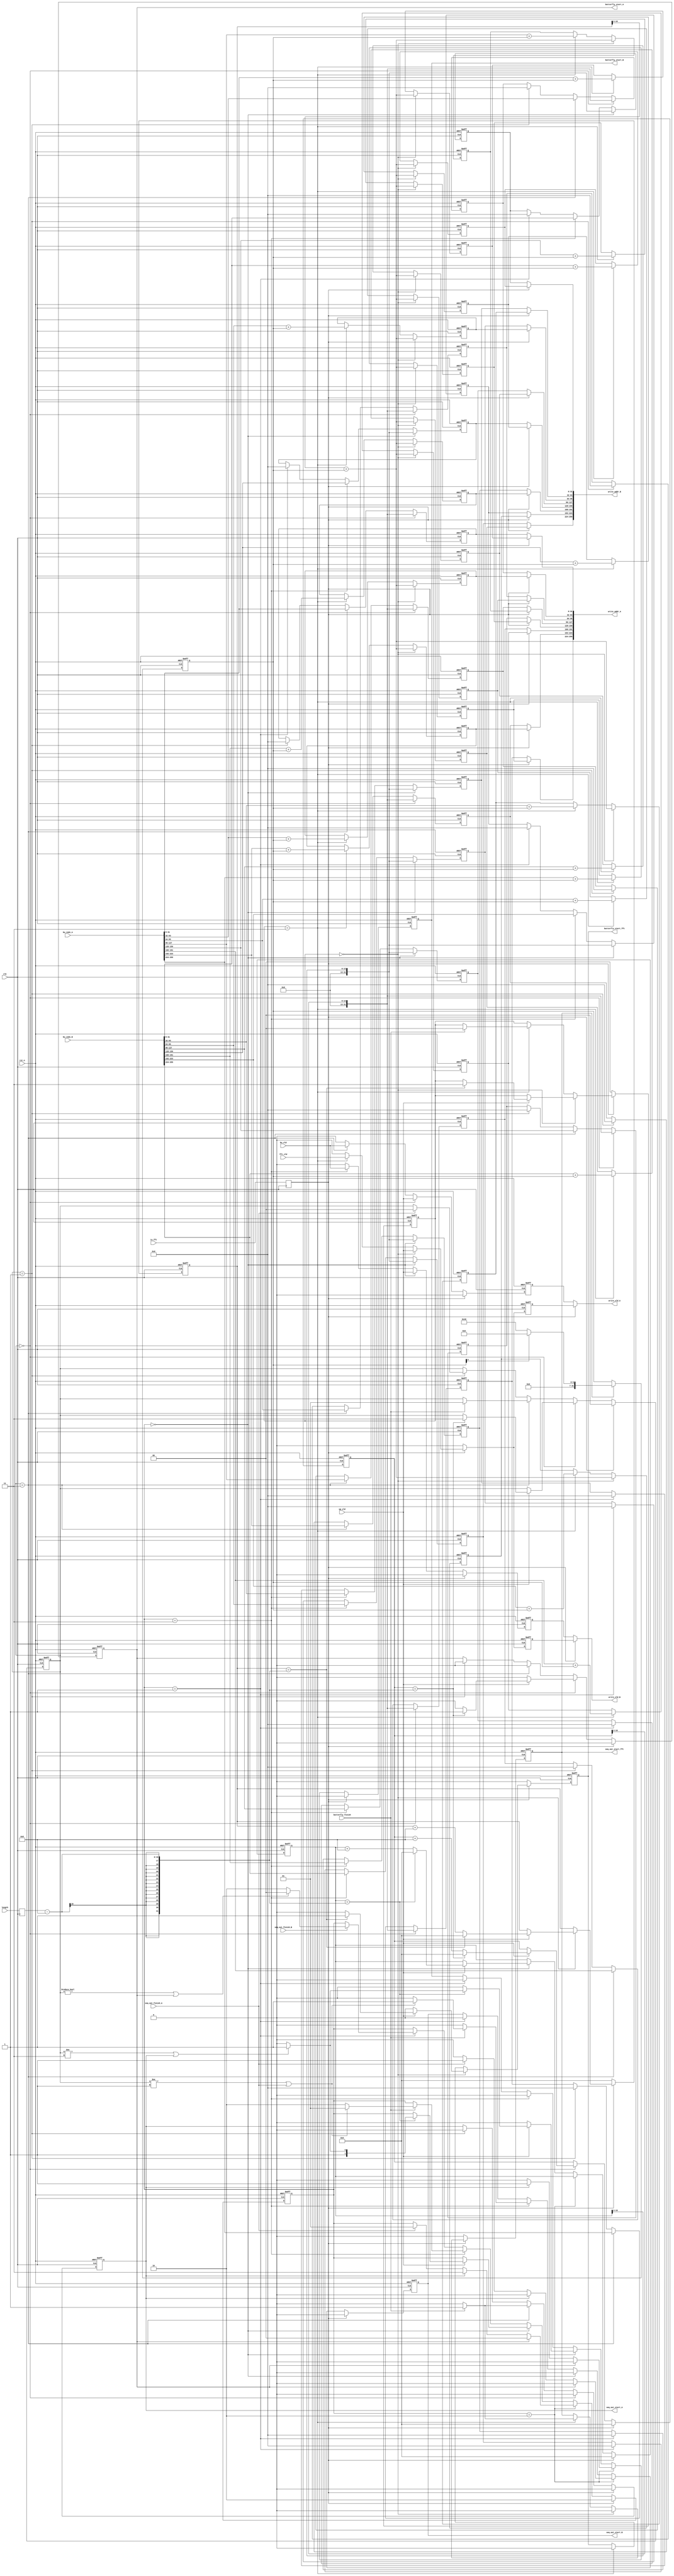
`timescale 1ns / 1ps
//////////////////////////////////////////////////////////////////////////////////
// Company: 
// Engineer: 
// 
// Design Name: 
// Module Name: bu_write_addr_generator
// Project Name: 
// Target Devices: 
// Tool Versions: 
// Description: 
// 
// Dependencies: 
// 
// Revision:
// Revision 0.01 - File Created
// Additional Comments:
// 
//////////////////////////////////////////////////////////////////////////////////


module bu_write_addr_generator_opt
# (
  // The data width of input data
  parameter data_width = 16,
  // The data width utilized for accumulated results
  parameter bu_parallelism = 8,
  parameter depth_per_ram = 512,
  parameter write_addr_width = $clog2(bu_parallelism)
)
(
  input  wire                        clk,
  input  wire                        rst_n,
  // Control signal
  input  wire                        is_fft,
  input  wire                        butterfly_finish, // Finish signal from butterfly engine
  
  output wire                        butterfly_start_A, // Output to both bu_read_addr_generator and butterfly_indx_generator
  output wire                        butterfly_start_B, // Output to both bu_read_addr_generator and butterfly_indx_generator
  output wire                        butterfly_start_fft, // Output to both bu_read_addr_generator and butterfly_indx_generator

  output  wire                       seq_out_start_A, // Output to both bu_read_addr_generator
  output  wire                       seq_out_start_B, // Output to both bu_read_addr_generator
  output  wire                       seq_out_start_fft, // Output to both bu_read_addr_generator
  
  input  wire                        seq_out_finish_A, // Get from  both bu_read_addr_generator
  input  wire                        seq_out_finish_B, // Get from  both bu_read_addr_generator
  input  wire  [16-1:0]              length,
  // In and Outputs
  input  wire                        up_vld,
  input  wire                        bu_vld, // Get from from butterfly unit
  input  wire                        fft_vld, // Get from from butterfly unit
  input wire  [32*bu_parallelism-1:0]      bu_indx_A, // Get from from butterfly unit
  input wire  [32*bu_parallelism-1:0]      bu_indx_B, // Get from from butterfly unit
  output wire                        write_vld_A,
  output wire                        write_vld_B,
  output wire  [32*bu_parallelism-1:0]      write_addr_A,
  output wire  [32*bu_parallelism-1:0]      write_addr_B
);

localparam seq_in_mode = 2'b00;
localparam idle_mode = 2'b10;
localparam seq_out_mode = 2'b01;
localparam butterfly_mode = 2'b11;
localparam num_out_bits = $clog2(bu_parallelism);
localparam num_ram_bits = $clog2(depth_per_ram);

/////////////////////Timing//////////////////////////
reg  [16-1:0]                          length_r;
always @(posedge clk)
begin
    length_r <= length;
end

reg                            is_fft_r;
always @(posedge clk)
begin
    is_fft_r <= is_fft;
end
/////////////////////Timing//////////////////////////

genvar i;

reg [2-1:0]                    fft_state;
reg [16-1:0]                   in_counter_fft;
reg                            butterfly_start_r_fft;
reg                            seq_out_start_r_fft;


reg [2-1:0]                    bfly_state_A;
reg [16-1:0]                   in_counter_A;
reg                            butterfly_start_r_A;
reg                            seq_out_start_r_A;

reg [2-1:0]                    bfly_state_B;
reg [16-1:0]                   in_counter_B;
reg                            butterfly_start_r_B;
reg                            seq_out_start_r_B;

reg [32-1:0]                   bfly_write_addrs_r_A[bu_parallelism-1:0];
reg [32-1:0]                   bfly_write_addrs_r_B[bu_parallelism-1:0];


reg [32-1:0]                   fft_write_addrs_r_A[bu_parallelism-1:0];
reg [32-1:0]                   fft_write_addrs_r_B[bu_parallelism-1:0];

reg [32-1:0]                   fft_write_addrs_bias_pingpong;

wire [32-1:0]                  butterfly_indxs_r_A[bu_parallelism-1:0];
wire [32-1:0]                  butterfly_indxs_r_B[bu_parallelism-1:0];

reg                            bfly_write_vld_r_A;
reg                            bfly_write_vld_r_B;

reg                            fft_write_vld_r_A;
reg                            fft_write_vld_r_B;

assign  butterfly_start_A = butterfly_start_r_A;
assign  butterfly_start_B = butterfly_start_r_B;
assign  butterfly_start_fft = butterfly_start_r_fft;

assign  seq_out_start_A = seq_out_start_r_A;
assign  seq_out_start_B = seq_out_start_r_B;
assign  seq_out_start_fft = seq_out_start_r_fft;

// =========================================================================== //
// Control state
// =========================================================================== //

// =========================for fft control state========================== //
always @(posedge clk or negedge rst_n)
if(!rst_n) begin
    fft_state <= seq_in_mode;
    in_counter_fft <= 0;
    butterfly_start_r_fft <= 1'b0;
    seq_out_start_r_fft <=1'b0;
end
else begin
    if (is_fft_r) begin
        if (fft_state == seq_in_mode) begin // positive
            butterfly_start_r_fft <= 1'b0;
            seq_out_start_r_fft <= 1'b0;
            if (up_vld) begin
                if (in_counter_fft == length_r - bu_parallelism)begin
                    in_counter_fft <= 0;
                    fft_state <= butterfly_mode;
                    butterfly_start_r_fft <= 1'b1;
                    seq_out_start_r_fft <= 1'b0;
                end
                else in_counter_fft <= in_counter_fft + bu_parallelism;
            end
        end
        else if (fft_state == butterfly_mode) begin
            butterfly_start_r_fft <= 1'b0;
            seq_out_start_r_fft <= 1'b0; 
            if (butterfly_finish) begin
                fft_state <= seq_in_mode;
                butterfly_start_r_fft <= 1'b0;
                seq_out_start_r_fft <= 1'b1;
            end
        end
    end
    else begin
        fft_state <= seq_in_mode;
        in_counter_fft <= 0;
        butterfly_start_r_fft <= 1'b0;
        seq_out_start_r_fft <=1'b0;
    end
end


// =========================for bfly control state A========================== //
always @(posedge clk or negedge rst_n)
if(!rst_n) begin
    bfly_state_A <= seq_in_mode;
    in_counter_A <= 0;
    butterfly_start_r_A <= 1'b0;
    seq_out_start_r_A <=1'b0;
end
else begin
    if (!is_fft_r) begin
        if (bfly_state_A == seq_in_mode) begin // positive
            butterfly_start_r_A <= 1'b0;
            seq_out_start_r_A <= 1'b0;
            if (up_vld) begin
                if (in_counter_A == length_r - bu_parallelism)begin
                    in_counter_A <= 0;
                    bfly_state_A <= butterfly_mode;
                    butterfly_start_r_A <= 1'b1;
                    seq_out_start_r_A <= 1'b0;
                end
                else in_counter_A <= in_counter_A + bu_parallelism;
            end
        end
        else if (bfly_state_A == butterfly_mode) begin
            butterfly_start_r_A <= 1'b0;
            seq_out_start_r_A <= 1'b0; 
            if (butterfly_finish) begin
                bfly_state_A <= seq_out_mode;
                butterfly_start_r_A <= 1'b0;
                seq_out_start_r_A <= 1'b1;
            end
        end
        else if (bfly_state_A == seq_out_mode) begin
            butterfly_start_r_A <= 1'b0;
            seq_out_start_r_A <= 1'b0; 
            if (seq_out_finish_A) begin
                bfly_state_A <= seq_in_mode;
            end
        end
    end
    else begin
        bfly_state_A <= seq_in_mode;
        in_counter_A <= 0;
        butterfly_start_r_A <= 1'b0;
        seq_out_start_r_A <=1'b0;
    end
end

// =========================for bfly control state B========================== //

always @(posedge clk or negedge rst_n)
if(!rst_n) begin
    bfly_state_B <= idle_mode;
    in_counter_B <= 0;
    butterfly_start_r_B <= 1'b0;
    seq_out_start_r_B <=1'b0;
end
else begin
    if (!is_fft_r) begin
        if (bfly_state_B == idle_mode) begin // idle state when the pipeline is imbalanced
            butterfly_start_r_B <= 1'b0;
            seq_out_start_r_B <= 1'b0;
            if (butterfly_start_r_A) begin
                bfly_state_B <= seq_in_mode;
            end
            else if (seq_out_start_r_A) begin
                bfly_state_B <= butterfly_mode;
                butterfly_start_r_B <= 1'b1;
                seq_out_start_r_B <= 1'b0;
            end
            else if (seq_out_finish_A) begin
                bfly_state_B <= seq_out_mode;
                butterfly_start_r_B <= 1'b0;
                seq_out_start_r_B <= 1'b1;
            end
        end
        else if (bfly_state_B == seq_in_mode) begin // positive
            butterfly_start_r_B <= 1'b0;
            seq_out_start_r_B <= 1'b0;
            if (up_vld) begin
                if (in_counter_B == length_r - bu_parallelism)begin
                    in_counter_B <= 0;
                    // make sure the compute of A is complete
                    if ((bfly_state_A != butterfly_mode) | seq_out_start_r_A) begin 
                        bfly_state_B <= butterfly_mode;
                        butterfly_start_r_B <= 1'b1;
                        seq_out_start_r_B <= 1'b0;
                    end
                    else begin
                        bfly_state_B <= idle_mode;
                    end
                end
                else in_counter_B <= in_counter_B + bu_parallelism;
            end
        end
        else if (bfly_state_B == butterfly_mode) begin
            butterfly_start_r_B <= 1'b0;
            seq_out_start_r_B <= 1'b0; 
            if (butterfly_finish) begin
                // make sure the output transfer of A is complete
                if ((bfly_state_A != seq_out_mode) | seq_out_finish_A) begin 
                    bfly_state_B <= seq_out_mode;
                    butterfly_start_r_B <= 1'b0;
                    seq_out_start_r_B <= 1'b1;
                end
                else begin
                    bfly_state_B <= idle_mode;
                end
            end
        end
        else if (bfly_state_B == seq_out_mode) begin
            butterfly_start_r_B <= 1'b0;
            seq_out_start_r_B <= 1'b0; 
            if (seq_out_finish_B) begin
                // make sure the input transfer of A is complete
                if ((bfly_state_A != seq_in_mode) | butterfly_start_r_A) begin 
                    bfly_state_B <= seq_in_mode;
                end
                else begin
                    bfly_state_B <= idle_mode;
                end
                
            end
        end
    end
    else begin
        bfly_state_B <= idle_mode;
        in_counter_B <= 0;
        butterfly_start_r_B <= 1'b0;
        seq_out_start_r_B <=1'b0;
    end
end


// =========================================================================== //
// Generate write address for butterfly mode
// =========================================================================== //

generate

for(i=0 ; i<bu_parallelism ; i=i+1)
begin : GENERATE_WRITE_WIRING
    assign butterfly_indxs_r_A[i] = bu_indx_A[( 32*i + 32-1) : (32*i)];
    assign butterfly_indxs_r_B[i] = bu_indx_B[( 32*i + 32-1) : (32*i)];
end

for(i=0 ; i<bu_parallelism ; i=i+1)
begin : GENERATE_WRITE_ADDR_A
    always @(posedge clk or negedge rst_n)
    if(!rst_n) begin
        bfly_write_addrs_r_A[i] <= 0; 
    end
    else begin
        if (bfly_state_A == seq_in_mode) begin // positive
            bfly_write_addrs_r_A[i] <= (in_counter_A >> num_out_bits);
        end
        else if (bfly_state_A == butterfly_mode) begin
            bfly_write_addrs_r_A[i] <= butterfly_indxs_r_A[i];
        end
        else if (bfly_state_A == seq_out_mode) begin  
            bfly_write_addrs_r_A[i] <= 0;
        end
    end
end

endgenerate


generate

for(i=0 ; i<bu_parallelism ; i=i+1)
begin : GENERATE_WRITE_ADDR_B
    always @(posedge clk or negedge rst_n)
    if(!rst_n) begin
        bfly_write_addrs_r_B[i] <= 0; 
    end
    else begin
        if (bfly_state_B == seq_in_mode) begin // positive
            bfly_write_addrs_r_B[i] <= (in_counter_B >> num_out_bits);
        end
        else if (bfly_state_B == butterfly_mode) begin
            bfly_write_addrs_r_B[i] <= butterfly_indxs_r_B[i];
        end
        else if (bfly_state_B == seq_out_mode) begin  
            bfly_write_addrs_r_B[i] <= 0;
        end
    end
end

endgenerate




// =========================================================================== //
// Generate write address for FFT mode
// =========================================================================== //

/*
always @(posedge clk or negedge rst_n)
if(!rst_n) begin
    fft_write_addrs_bias_pingpong <= 0; 
end
else begin
    if (seq_out_start_r_fft) begin // Start pingpong when the butterfly of A finish
        fft_write_addrs_bias_pingpong <= fft_write_addrs_bias_pingpong + (length_r>>num_out_bits);
    end
    else begin
        fft_write_addrs_bias_pingpong <= fft_write_addrs_bias_pingpong - (length_r>>num_out_bits);
    end
end
*/

always @(posedge clk or negedge rst_n)
if(!rst_n) begin
    fft_write_addrs_bias_pingpong <= 0; 
end
else begin
    if (seq_out_start_r_fft) begin // Start pingpong when the butterfly of A finish
        if (fft_write_addrs_bias_pingpong[num_ram_bits]) fft_write_addrs_bias_pingpong <= 0;
        else fft_write_addrs_bias_pingpong <= depth_per_ram>>num_out_bits;
    end
    else begin
        fft_write_addrs_bias_pingpong <= fft_write_addrs_bias_pingpong;
    end
end

generate

for(i=0 ; i<bu_parallelism ; i=i+1)
begin : GENERATE_WRITE_WIRING_AB
    assign write_addr_A[( 32*i + 32-1) : (32*i)] = is_fft_r? fft_write_addrs_r_A[i] : bfly_write_addrs_r_A[i];
    assign write_addr_B[( 32*i + 32-1) : (32*i)] = is_fft_r? fft_write_addrs_r_B[i] : bfly_write_addrs_r_B[i];
end

for(i=0 ; i<bu_parallelism ; i=i+1)
begin : GENERATE_WRITE_ADDR
    always @(posedge clk or negedge rst_n)
    if(!rst_n) begin
        fft_write_addrs_r_A[i] <= 0; 
        fft_write_addrs_r_B[i] <= 0; 
    end
    else begin
        if (fft_state == seq_in_mode) begin // positive
            fft_write_addrs_r_A[i] <= (in_counter_fft >> num_out_bits) + fft_write_addrs_bias_pingpong;
            fft_write_addrs_r_B[i] <= (in_counter_fft >> num_out_bits) + fft_write_addrs_bias_pingpong;
        end
        else if (fft_state == butterfly_mode) begin
            fft_write_addrs_r_A[i] <= butterfly_indxs_r_A[i] + fft_write_addrs_bias_pingpong;
            fft_write_addrs_r_B[i] <= butterfly_indxs_r_B[i] + fft_write_addrs_bias_pingpong;
        end
    end
end

endgenerate



// =========================================================================== //
// Generate write address for Dn_vld
// =========================================================================== //

assign write_vld_A = is_fft_r? fft_write_vld_r_A : bfly_write_vld_r_A;
assign write_vld_B = is_fft_r? fft_write_vld_r_B : bfly_write_vld_r_B;

// ====================dn_vld for butterfly============================== //
always @(posedge clk or negedge rst_n)
if(!rst_n) begin
    bfly_write_vld_r_A <= 1'b0; 
end
else begin
    if (!is_fft_r) begin
        if (bfly_state_A == seq_in_mode) begin // positive
            bfly_write_vld_r_A <= up_vld; 
        end
        else if (bfly_state_A == butterfly_mode) begin
            bfly_write_vld_r_A <= bu_vld; 
        end
        else begin 
            bfly_write_vld_r_A <= 1'b0; 
        end
    end
    else begin
        bfly_write_vld_r_A <= 1'b0; 
    end
end


always @(posedge clk or negedge rst_n)
if(!rst_n) begin
    bfly_write_vld_r_B <= 1'b0; 
end
else begin
    if (!is_fft_r) begin
        if (bfly_state_B == seq_in_mode) begin // positive
            bfly_write_vld_r_B <= up_vld; 
        end
        else if (bfly_state_B == butterfly_mode) begin
            bfly_write_vld_r_B <= bu_vld; 
        end
        else begin 
            bfly_write_vld_r_B <= 1'b0; 
        end
    end
    else begin
        bfly_write_vld_r_B <= 1'b0;
    end
end


// ====================dn_vld for fft================================= //

always @(posedge clk or negedge rst_n)
if(!rst_n) begin
    fft_write_vld_r_A <= 1'b0;
    fft_write_vld_r_B <= 1'b0;
end
else begin
        if (is_fft_r) begin
        if (fft_state == seq_in_mode) begin // positive
            fft_write_vld_r_A <= up_vld; 
            fft_write_vld_r_B <= up_vld; 
        end
        else if (fft_state == butterfly_mode) begin
            fft_write_vld_r_A <= fft_vld; 
            fft_write_vld_r_B <= fft_vld;
        end
        else begin 
            fft_write_vld_r_A <= 1'b0; 
            fft_write_vld_r_B <= 1'b0; 
        end
    end
    else begin
        fft_write_vld_r_A <= 1'b0;
        fft_write_vld_r_B <= 1'b0;
    end
end



endmodule